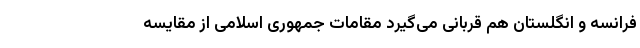
فرانسه و انگلستان هم قربانی می‌گیرد مقامات جمهوری اسلامی از مقایسه